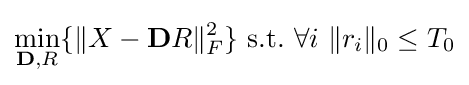
\min _{\mathbf {D} ,R}\{\|X-\mathbf {D} R\|_{F}^{2}\}\,\,{\text{s.t.}}\,\,\forall i\,\,\|r_{i}\|_{0}\leq T_{0}